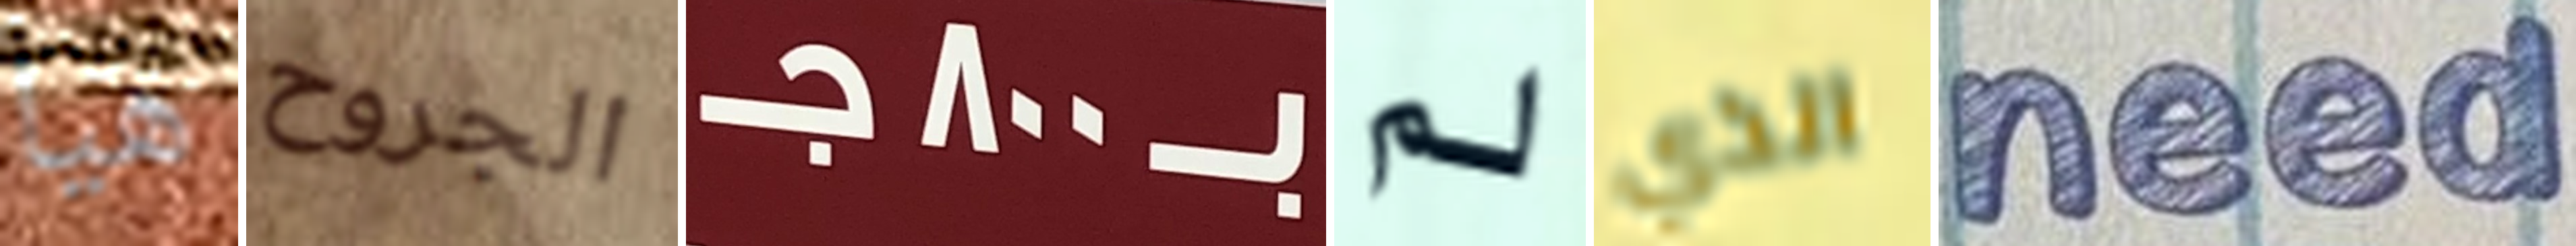
هيا الجروح بـ800جـ لم الذي need